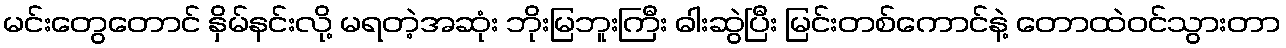
မင်းတွေတောင် နှိမ်နင်းလို့ မရတဲ့အဆုံး ဘိုးမြဘူးကြီး ဓါးဆွဲပြီး မြင်းတစ်ကောင်နဲ့ တောထဲဝင်သွားတာ